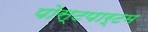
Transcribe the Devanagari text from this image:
पोस्‍टपार्टम